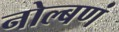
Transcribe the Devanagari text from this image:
नोल्बणं